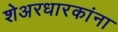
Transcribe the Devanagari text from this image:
शेअरधारकांना